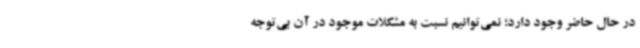
در حال حاضر وجود دارد؛ نمی‌توانیم نسبت به مشکلات موجود در آن بی‌توجه